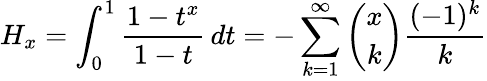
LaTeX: H_{x}=\int_{0}^{1}{\frac{1-t^{x}}{1-t}}\, dt=-\sum_{k=1}^{\infty}{\binom{x}{k}}{\frac{(-1)^{k}}{k}}